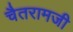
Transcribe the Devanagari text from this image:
चैतरामजी